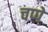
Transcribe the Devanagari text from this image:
चप्पे